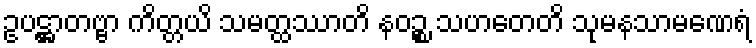
ဥပဋ္ဌာတဗ္ဗာ ကိတ္တယိ သမတ္ထဿာတိ နဝဉ္စ သဟတေတိ သုမနသာမဏေရံ